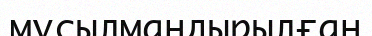
мұсылмандырылған